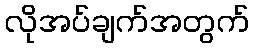
လိုအပ်ချက်အတွက်